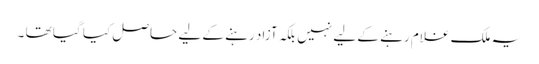
یہ ملک غلام رہنے کے لیے نہیں بلکہ آزاد رہنے کے لیے حاصل کیا گیا تھا ۔